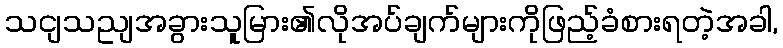
သငျသညျအခွားသူမြား၏လိုအပ်ချက်များကိုဖြည့်ခံစားရတဲ့အခါ,